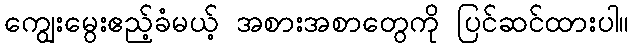
ကျွေးမွေးဧည့်ခံမယ့် အစားအစာတွေကို ပြင်ဆင်ထားပါ။